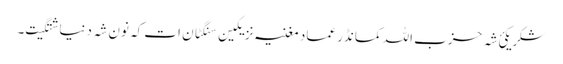
شکر یکئ شہ حزب اللہ کمانڈر عماد مغنیہ نزیکین سنگٹان ات کہ نون شہ دنیا شتگیت۔